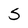
Character: S